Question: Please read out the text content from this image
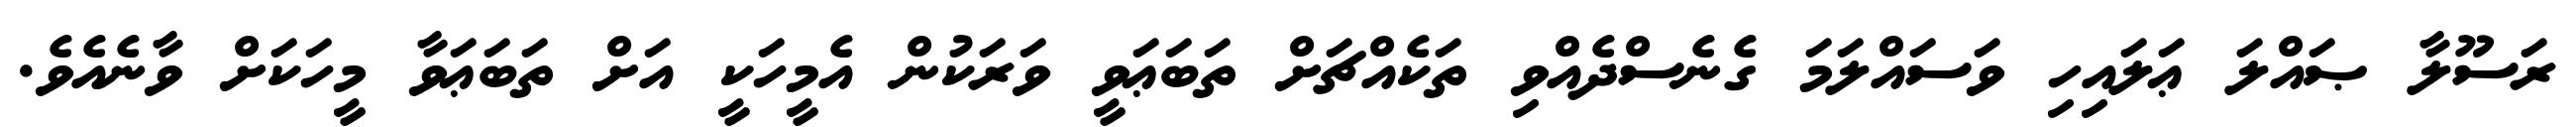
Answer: ރަސޫލާ ޞައްލަ ޢަލައިހި ވަސައްލަމަ ގެނެސްދެއްވި ތަކެއްޗަށް ތަބަޢަވީ ވަރަކުން އެމީހަކީ އަށް ތަބަޢަވާ މީހަކަށް ވާނެއެވެ.